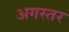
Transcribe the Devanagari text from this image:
अगस्तर